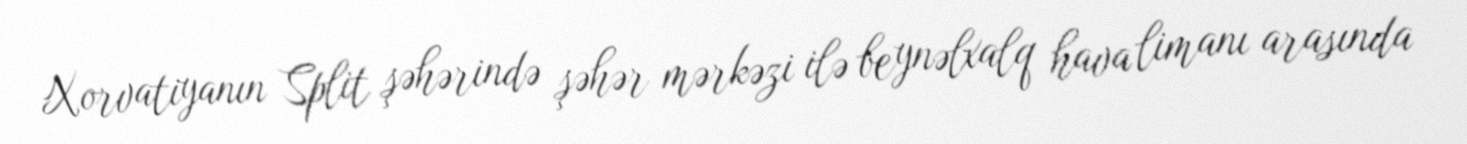
Xorvatiyanın Split şəhərində şəhər mərkəzi ilə beynəlxalq hava limanı arasında